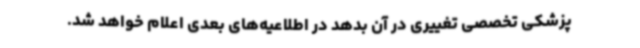
پزشکی تخصصی تغییری در آن بدهد در اطلاعیه‌های بعدی اعلام خواهد شد.